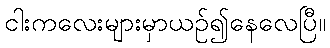
ငါးကလေးများမှာယဉ်၍နေလေပြီ။